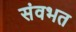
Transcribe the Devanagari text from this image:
संवभत